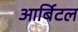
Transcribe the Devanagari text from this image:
आर्बिटल